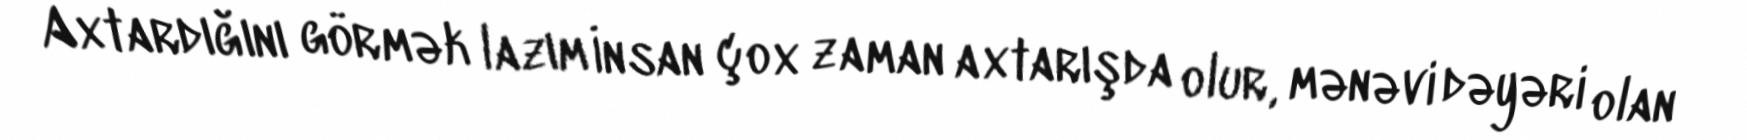
Axtardığını görmək lazım İnsan çox zaman axtarışda olur, mənəvi dəyəri olan